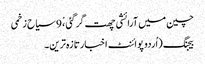
چین میں آرائشی چھت گرگئی ،ْ 9 سیاح زخمی
بیجنگ (اُردو پوائنٹ اخبارتازہ ترین۔